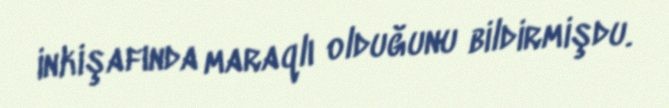
inkişafında maraqlı olduğunu bildirmişdu.